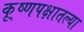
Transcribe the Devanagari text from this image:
कृ्ष्णपक्षातल्या